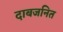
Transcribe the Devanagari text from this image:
दाबजनित